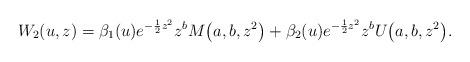
LaTeX: \begin{align*} W_2(u,z)=\beta_1(u) e^{-\frac12z^2}z^b M\big(a,b,z^2\big)+\beta_2(u) e^{-\frac12z^2}z^b U\big(a,b,z^2\big) .\end{align*}